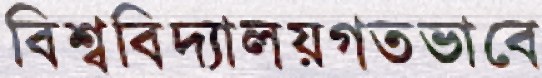
বিশ্ববিদ্যালয়গতভাবে